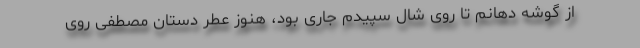
از گوشه دهانم تا روی شال سپیدم جاری بود، هنوز عطر دستان مصطفی روی